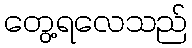
တွေ့ရလေသည်